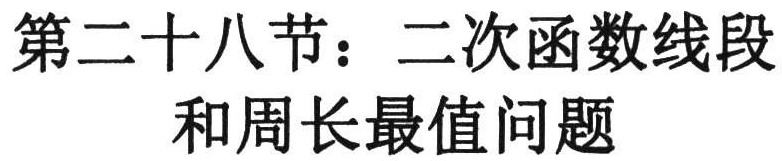
第二十八节：二次函数线段和周长最值问题